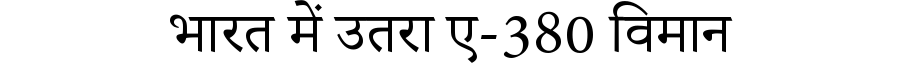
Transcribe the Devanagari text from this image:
भारत में उतरा ए-380 विमान